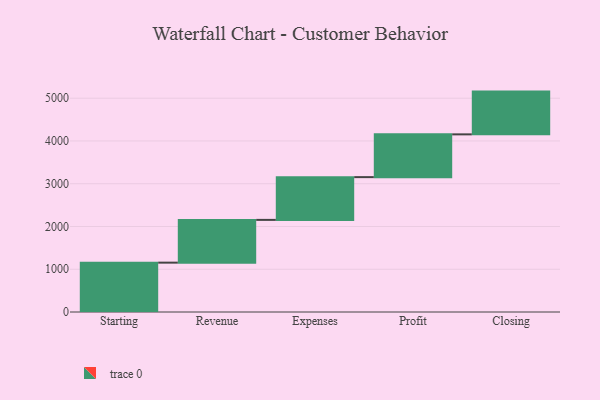
{"axis": {"x": "Step", "y": "Value"}, "legend": [""], "data": [{"x": "Starting", "y": 1154.0, "type": ""}, {"x": "Revenue", "y": 1000, "type": ""}, {"x": "Expenses", "y": 1000, "type": ""}, {"x": "Profit", "y": 1000, "type": ""}, {"x": "Closing", "y": 1000, "type": ""}]}